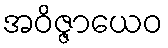
အဝိဇ္ဇာယေဝ